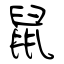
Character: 鼠